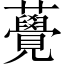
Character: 𧅫